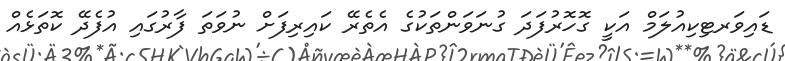
ޑައިވަރޓިކިއުލަމް އަކީ ގޮހޮރުފަދަ ގުނަވަންތަކުގެ އެތެރޭ ކައިރިފަށް ނުވަތަ ފާރުގައި އުފެދޭ ކޮތަޅެއް